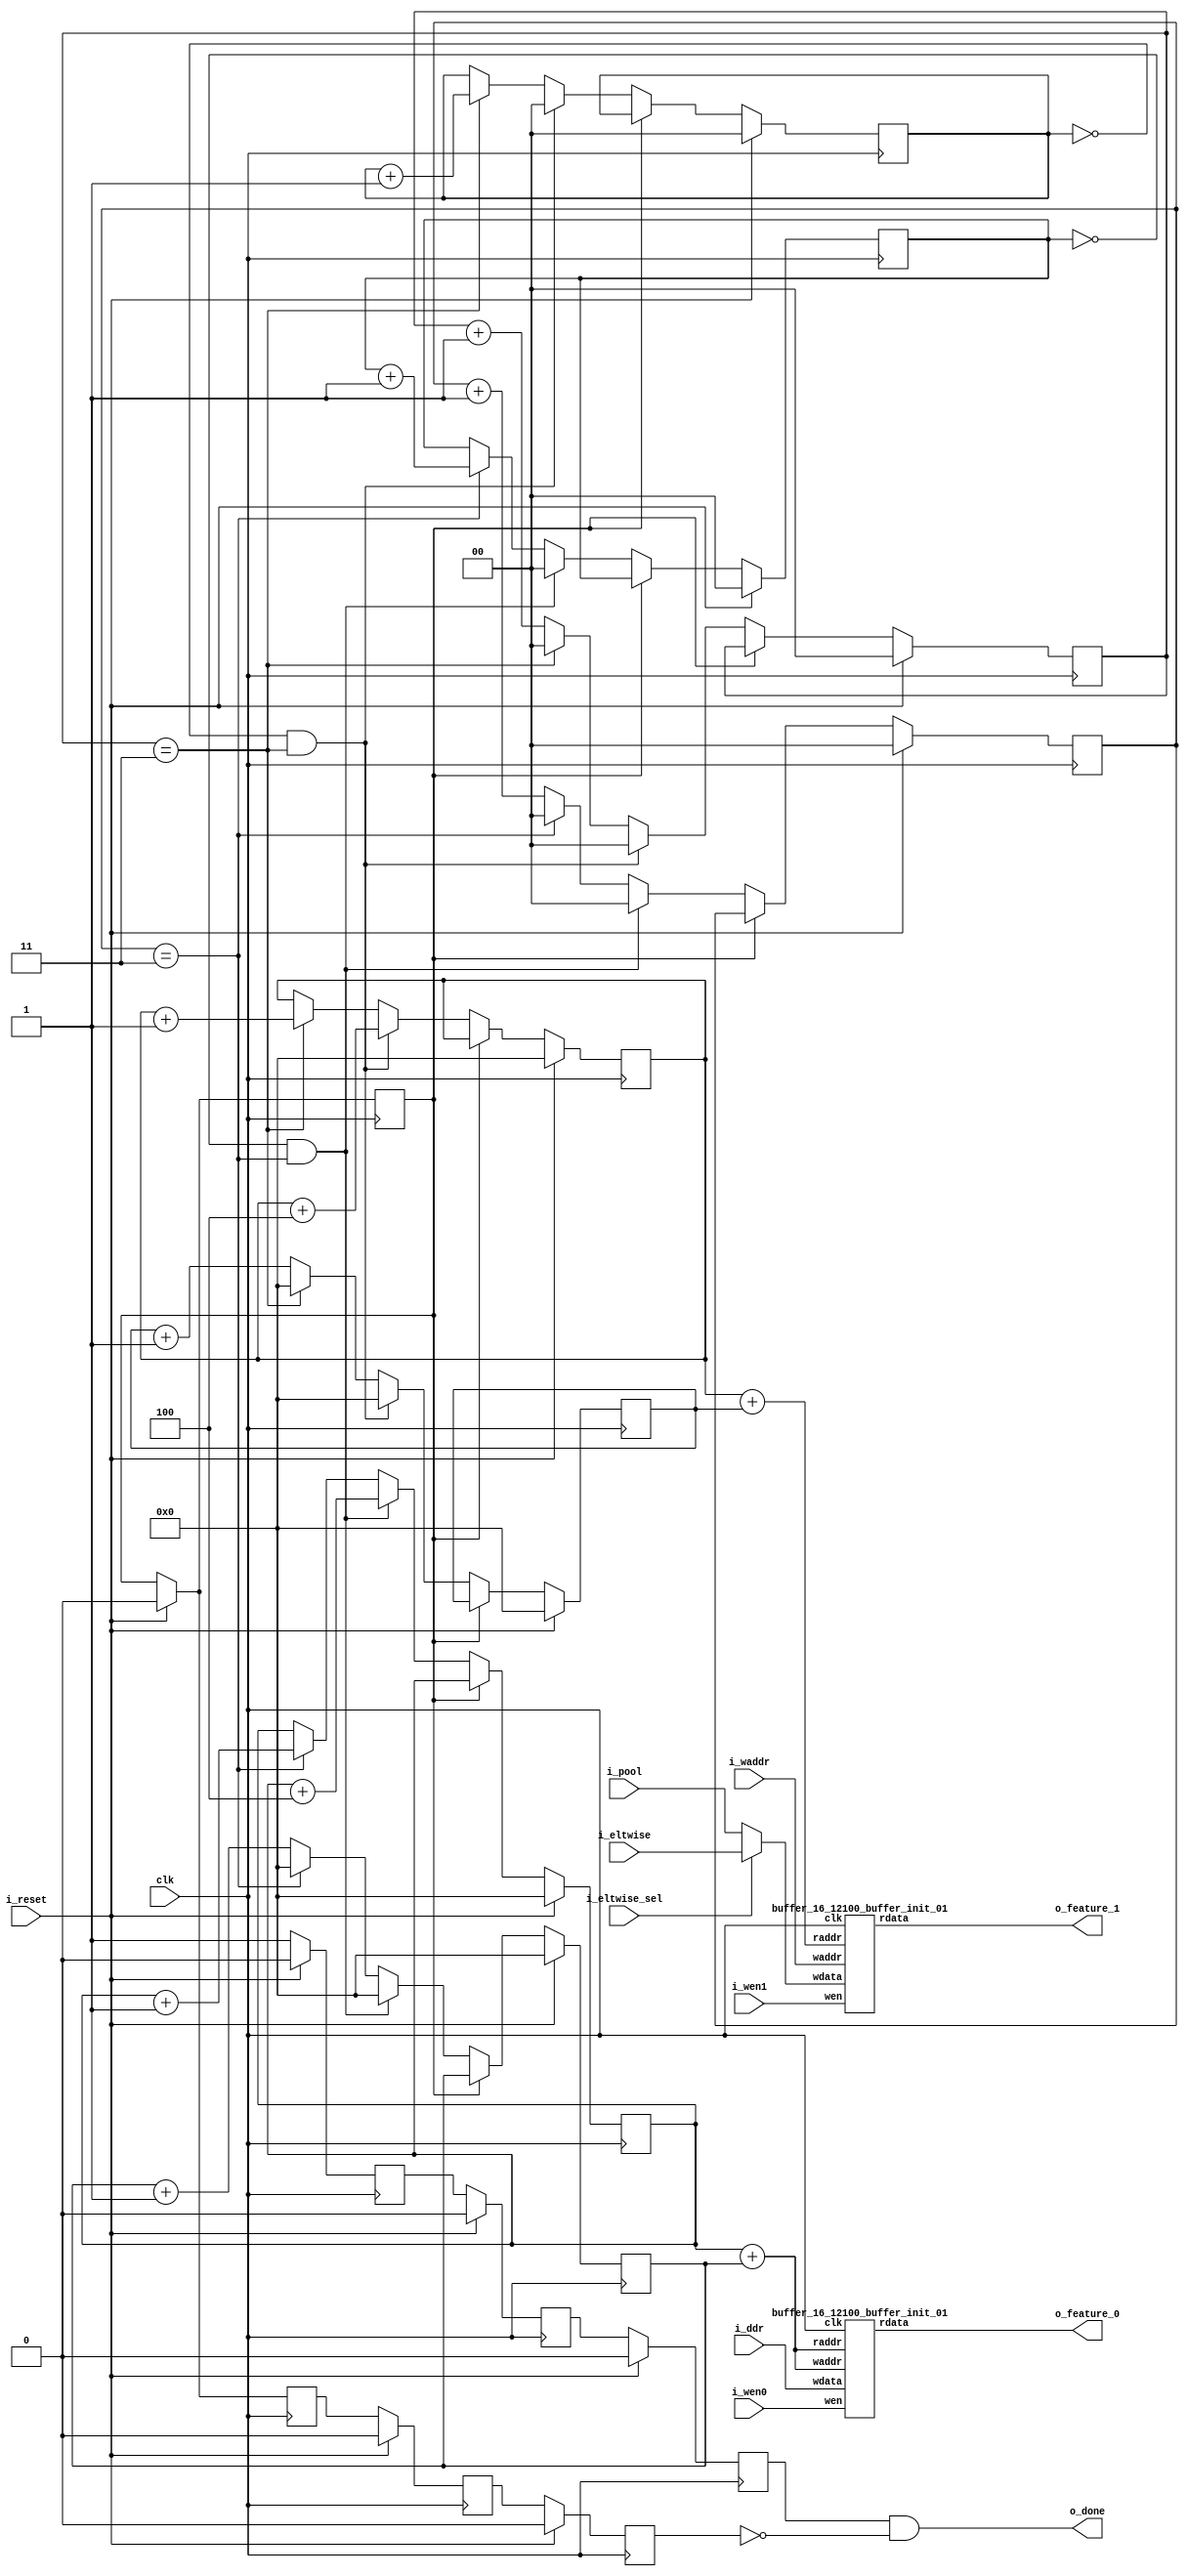
`define SIMULATION_MEMORY

module stream_buffer_1_0 (
	input clk,
	input i_reset,
	input i_wen0,
	input i_wen1,
	input [15:0] i_ddr,
	input [15:0] i_pool,
	input i_eltwise_sel,
	input [15:0] i_eltwise,
	input [13:0] i_waddr,
	output [15:0] o_feature_0,
	output [15:0] o_feature_1,
	output o_done
);

reg [13:0] base_addr;
reg [13:0] offset;
reg [13:0] base_addr_b1;
reg [13:0] offset_b1;
reg [1:0] L_counter;
reg [1:0] C_counter;
reg [1:0] W_counter;
reg [1:0] L_counter_b1;
reg [1:0] C_counter_b1;
reg [1:0] W_counter_b1;
reg done, done_1, done_2, done_3;
reg valid, valid_1, valid_2;
wire [15:0] feature_out_b0;
wire [15:0] feature_out_b1;

always @ (posedge clk) begin
	if (i_reset) begin
		base_addr <= 0;
		offset <= 0;
		C_counter <= 0;
		L_counter <= 0;
		W_counter <= 0;
	end else if (done == 0) begin
		if((W_counter == 1443) && (C_counter == 0) && (L_counter == 3)) begin
			base_addr <= 0;
			C_counter <= 0;
			L_counter <= 0;
			W_counter <= 0;
			offset <= 0;
		end else if((C_counter == 0) && (L_counter == 3)) begin
			base_addr <= base_addr + 4;
			W_counter <= W_counter + 1'b1;
			C_counter <= 0;
			L_counter <= 0;
			offset <= 0;
		end else if(L_counter == 3) begin
			base_addr <= base_addr + 1'b1;
			C_counter <= C_counter + 1'b1;
			L_counter <= 0;
			offset <= 0;
		end else begin
			offset <= offset + 1;
			L_counter <= L_counter + 1'b1;
		end
	end
end

always @ (posedge clk) begin
	if (i_reset) begin
		base_addr_b1 <= 0;
		offset_b1 <= 0;
		C_counter_b1 <= 0;
		L_counter_b1 <= 0;
		W_counter_b1 <= 0;
	end else if (done == 0) begin
		if((W_counter_b1 == 1443) && (C_counter_b1 == 0) && (L_counter_b1 == 3)) begin
			base_addr_b1 <= 0;
			C_counter_b1 <= 0;
			L_counter_b1 <= 0;
			W_counter_b1 <= 0;
			offset_b1 <= 0;
		end else if((C_counter_b1 == 0) && (L_counter_b1 == 3)) begin
			base_addr_b1 <= base_addr_b1 + 4;
			W_counter_b1 <= W_counter_b1 + 1'b1;
			C_counter_b1 <= 0;
			L_counter_b1 <= 0;
			offset_b1 <= 0;
		end else if(L_counter_b1 == 3) begin
			base_addr_b1 <= base_addr_b1 + 1'b1;
			C_counter_b1 <= C_counter_b1 + 1'b1;
			L_counter_b1 <= 0;
			offset_b1 <= 0;
		end else begin
			offset_b1 <= offset_b1 + 1;
			L_counter_b1 <= L_counter_b1 + 1'b1;
		end
	end
end

always @ (posedge clk) begin
	if(i_reset == 1'b1)begin
		done <= 0;
		done_1 <= 0;
		done_2 <= 0;
		done_3 <= 0;
		valid <= 0;
		valid_1 <= 0;
		valid_2 <= 0;
	end else begin
		valid <= 1;
		if((W_counter == 1443) && (C_counter == 0) && (L_counter == 3)) begin
			done <= 1;
		end
		done_1 <= done;
		done_2 <= done_1;
		done_3 <= done_2;
		valid_1 <= valid;
		valid_2 <= valid_1;
	end
end

reg [13:0] b0_waddr, b0_raddr, b1_raddr;
always @ (*) begin
	b0_waddr <= base_addr+offset;
	b0_raddr <= base_addr+offset;
	b1_raddr <= base_addr_b1+offset_b1;
end
buffer_16_12100_buffer_init_01 buffer_16_12100_buffer_init_01_B0 (
	.clk(clk),
	.wen(i_wen0),
	.waddr(b0_waddr),
	.wdata(i_ddr),
	.raddr(b0_raddr),
	.rdata(feature_out_b0)
);

reg [15:0] B1_wdata;
always @ (*) begin
	if (i_eltwise_sel) begin
		B1_wdata <= i_eltwise;
	end else begin
		B1_wdata <= i_pool;
	end
end

buffer_16_12100_buffer_init_01 buffer_16_12100_buffer_init_01_B1 (
	.clk(clk),
	.wen(i_wen1),
	.waddr(i_waddr),
	.wdata(B1_wdata),
	.raddr(b1_raddr),
	.rdata(feature_out_b1)
);

assign o_done = valid_2 && (~done_3);
assign o_feature_0 = feature_out_b0;
assign o_feature_1 = feature_out_b1;

endmodule
module buffer_16_12100_buffer_init_01 (
	input clk,
	input wen,
	input [13:0] waddr,
	input [15:0] wdata,
	input [13:0] raddr,
	output [15:0] rdata
);

reg [13:0] raddr_reg;
reg [15:0] rdata_reg;
reg [15:0] pipeline_reg_0;
wire [15:0] rd_dummy_signal;
wire [15:0] wr_dummy_signal;
wire [15:0] rdata_wire;
assign rd_dummy_signal = 0;

always @(posedge clk) begin
	rdata_reg <= rdata_wire;
	raddr_reg <= raddr;
	pipeline_reg_0 <= rdata_reg;
end

dual_port_ram u_dual_port_ram(
	.addr1(waddr),
	.we1(wen),
	.data1(wdata),
	.out1(wr_dummy_signal),
	.addr2(raddr_reg),
	.we2(1'b0),
	.data2(rd_dummy_signal),
	.out2(rdata_wire),
	.clk(clk)
);
assign rdata = pipeline_reg_0;

endmodule

module dual_port_ram(
clk,
addr1,
addr2,
data1,
data2,
we1,
we2,
out1,
out2
);

parameter DATA_WIDTH = 16;
parameter ADDR_WIDTH = 14;
input clk;
input [ADDR_WIDTH-1:0] addr1;
input [ADDR_WIDTH-1:0] addr2;
input [DATA_WIDTH-1:0] data1;
input [DATA_WIDTH-1:0] data2;
input we1;
input we2;
output reg [DATA_WIDTH-1:0] out1;
output reg [DATA_WIDTH-1:0] out2;

reg [DATA_WIDTH-1:0] ram[ADDR_WIDTH-1:0];

always @(posedge clk) begin
  if (we1) begin
    ram[addr1] <= data1;
  end
  else begin
    out1 <= ram[addr1];
  end
end

always @(posedge clk) begin
  if (we2) begin
    ram [addr2] <= data2;
  end
  else begin
    out2 <= ram[addr2];
  end
end

endmodule